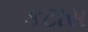
કટાસ